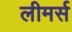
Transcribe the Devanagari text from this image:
लीमर्स